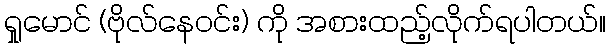
ရှုမောင် (ဗိုလ်နေဝင်း) ကို အစားထည့်လိုက်ရပါတယ်။